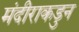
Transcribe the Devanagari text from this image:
मंदीराकडुन